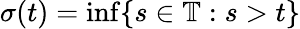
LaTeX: \sigma(t)=\operatorname*{inf}\{ s\in\mathbb{T}:s>t\}